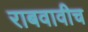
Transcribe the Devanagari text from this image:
राबवावीच